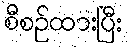
စီစဉ်ထားပြီး